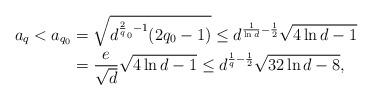
LaTeX: \begin{align*} a_{q} < a_{q_0} &= \sqrt{d^{\frac2q_0 - 1} (2q_0 - 1)} \leq d^{\frac{1}{\ln d} - \frac12} \sqrt{4\ln d - 1} \\ &=\frac{e}{\sqrt{d}}\sqrt{4\ln d - 1} \leq d^{\frac1q - \frac12}\sqrt{32\ln d - 8},\end{align*}